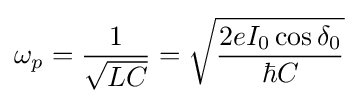
\omega _{p}={\frac {1}{\sqrt {LC}}}={\sqrt {\frac {2eI_{0}\cos \delta _{0}}{\hbar C}}}